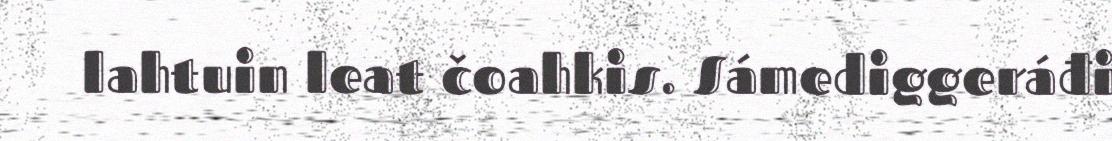
lahtuin leat čoahkis. Sámediggeráđi